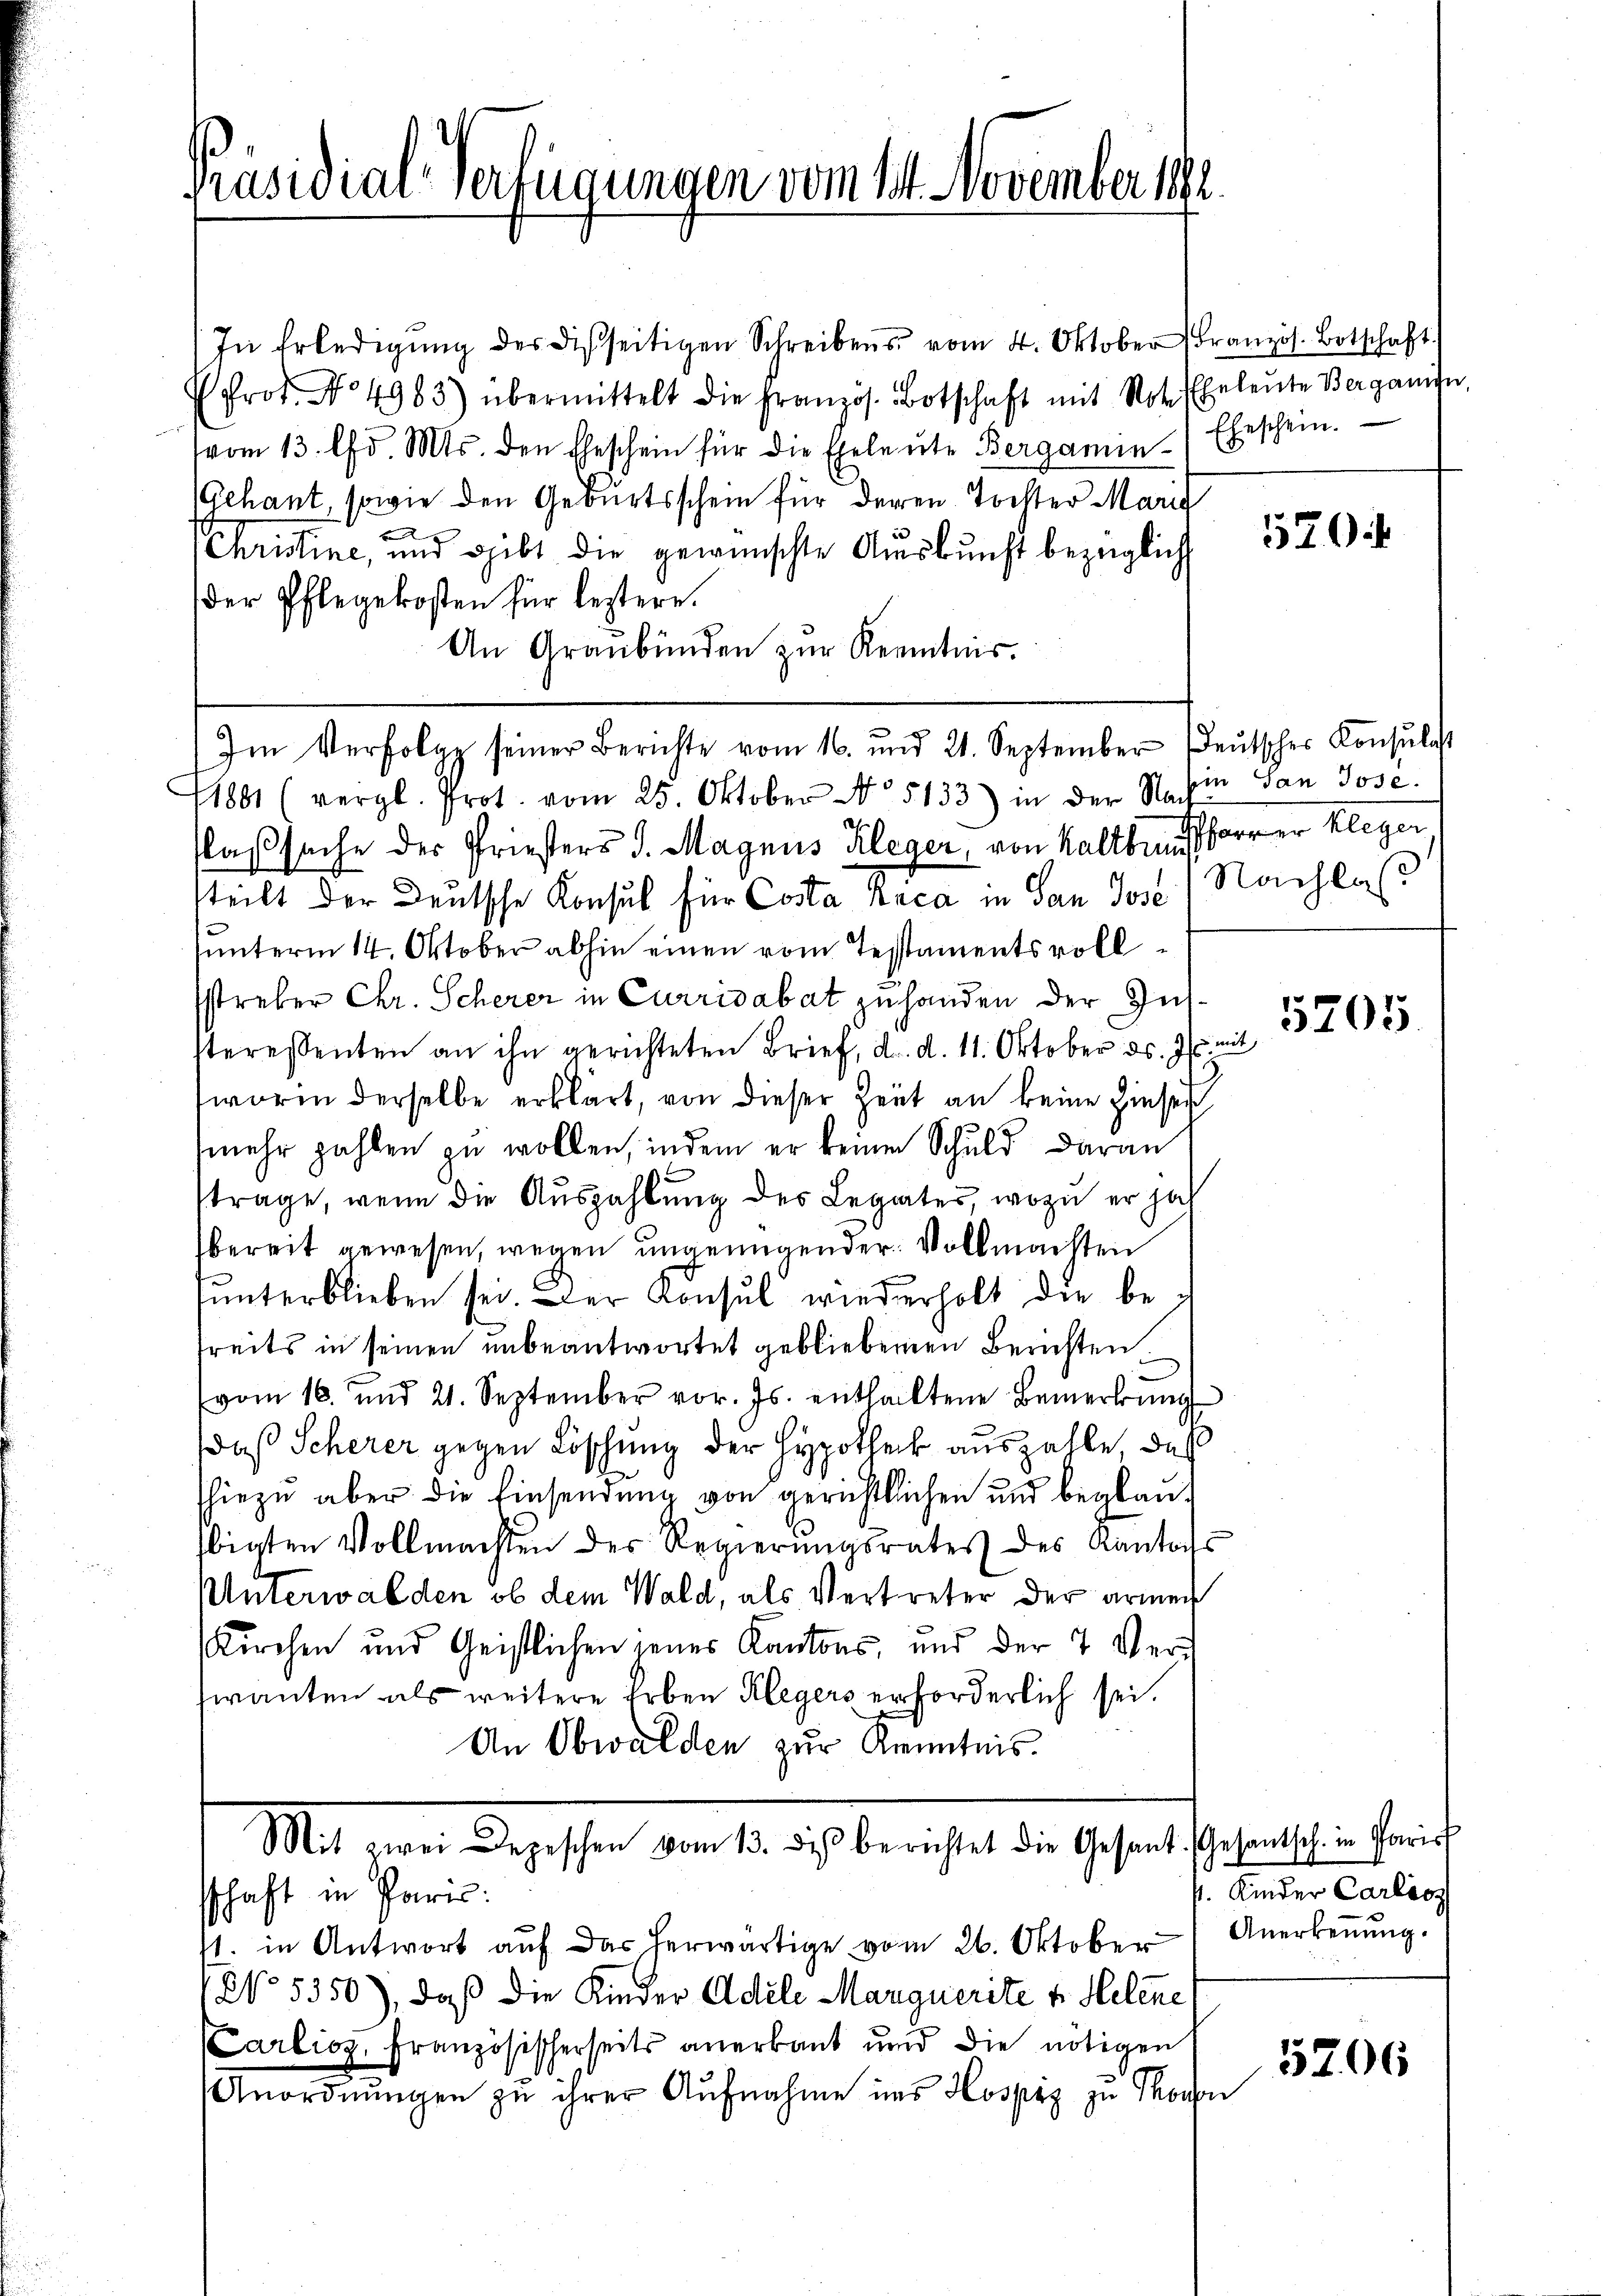
Präsidial-Verfügungen vom 14. November 1882.

In Erledigŭng der Disseitigen Schreibens vom 4. Oktober Französ. Botschaft.
Prot. No 4983) übermittelt die Französ. Botschaft mit Not. Eheleute Bergange,
vom 13. d. Mts. den Eheschein für die Eheleŭte Bergamin Eheschein.
(Gchant, sowie den Geburtsschein für deren Tochter Maril
Christine, und gibt die gewünschte Auskunft bezüglich
der Pflegekosten für leztere.
An Graubünden zŭr Kenntnis.
Im Verfolg seiner Berichte vom 16. und 21. September (deŭtscher Konsulat
11801 (vergl. Prot. vom 25. Oktober No. 5133) in der M. hin San Jose
laßsache der Priesters J. Magnus Kleger, von Kaltbehrer Kleger
steilt der Deutsche Konsul für Costa Neca in San Jose Nachlas
hunterm 14. Oktober abhin einen vom Testamentsvollstreber Chr. Scherer in Currisabat zu handen der Inssteressenten an ihn gerichteten Brief, d. d. 11. Oktober ds. Z. und
worin derselbe erklärt, von dieser Zeit an keine Zinser
mehr zahlen zu wollen, indem er kein Schuld daran
trage, wenn die Auszahlung des Legates, wozu er jah
bereit gewesen, wegen ungenügender Vollmachten
ŭnterblieben sei. Der Konsul wiederholt die be-
treits in seinen unbeantwortet gebliebenen Berichten.
(vom 16. und 21. September vor. Js. enthaltene Bemerkŭng
daß Scherer gegen Löschung der Hypothek auszahle, daß
hiezu aber die Einsendung von gerichtlichen und beglaubigten Vollmachten des Regierungsrates des Kantons
Unterwalden, ob dem Wald, als Vertreter der armen
Kirchen und Geistlichen jenes Kantons, und der 7 Ver
wanten als weitere Erben Klegers erforderlich sei.
An Obwalden zur Kenntnis.

sschaft in Paris:

1. in Antwort auf das herwärtige vom 26. Oktober
NNo. 5350), daß die Kinder Adele Marquerite v. Helene
CCarlioz, Französischerseits anerbaut und die nötigen
Anordnungen zu ihrer Aufnahme ins Hospiz zu Thorn

Mit eine Liegessen dem sie ich bericht die Gehalt es hielten eine

570

5705.

5206

p. Kinder Carlioz
Anerkennung.